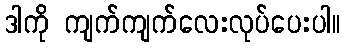
ဒါကို ကျက်ကျက်လေးလုပ်ပေးပါ။